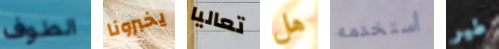
الطوف يخبرونا تعاليا هل أستخدمه طير